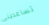
تساعدينى